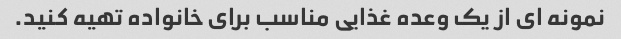
نمونه ای از یک وعده غذایی مناسب برای خانواده تهیه کنید.